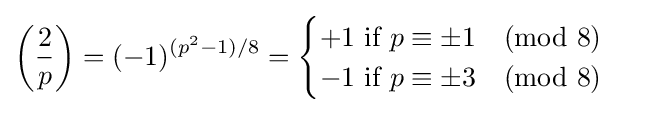
\left({\frac {2}{p}}\right)=(-1)^{(p^{2}-1)/8}={\begin{cases}+1{\text{ if }}p\equiv \pm 1{\pmod {8}}\\-1{\text{ if }}p\equiv \pm 3{\pmod {8}}\end{cases}}